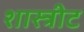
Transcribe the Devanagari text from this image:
शास्त्रीट